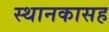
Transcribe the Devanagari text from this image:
स्थानकासह